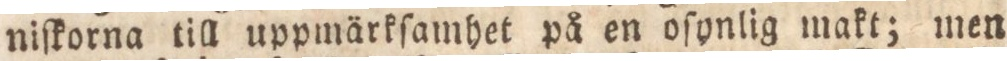
niſkorna till uppmärkſamhet på en oſynlig makt; men